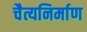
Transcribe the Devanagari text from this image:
चैत्यनिर्माण